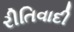
રીતિવાદી